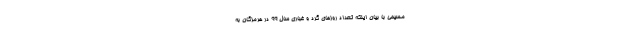
مسیحی با بیان اینکه تعداد روزهای گرد و غباری سال ۹۹ در هرمزگان به